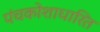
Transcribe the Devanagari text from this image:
पंचकोशाधारित